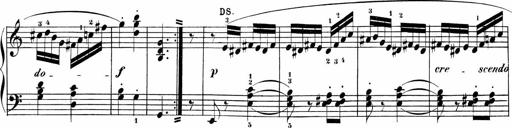
Title: Sonatinas
Composer: Andrew Violette